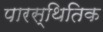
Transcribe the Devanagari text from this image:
पारस्थितिक